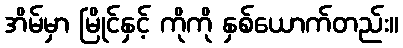
အိမ်မှာ မြိုင်နှင့် ကိုကို နှစ်ယောက်တည်း။